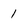
Character: 1